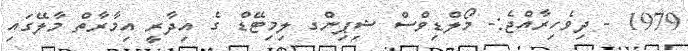
1979 - ދިވެހިރާއްޖެ:- މޯލްޑިވްސް ޝިޕިންގ ލިމިޓޭޑް ގެ އިދާރީ އިމާރާތް މާލޭގައި